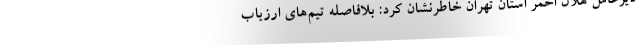
دیرعامل هلال احمر استان تهران خاطرنشان کرد: بلافاصله تیم‌های ارزیاب